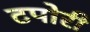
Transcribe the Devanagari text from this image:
टपोरी